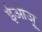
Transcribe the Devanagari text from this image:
ईओजू